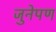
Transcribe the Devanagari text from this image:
जुनेपण